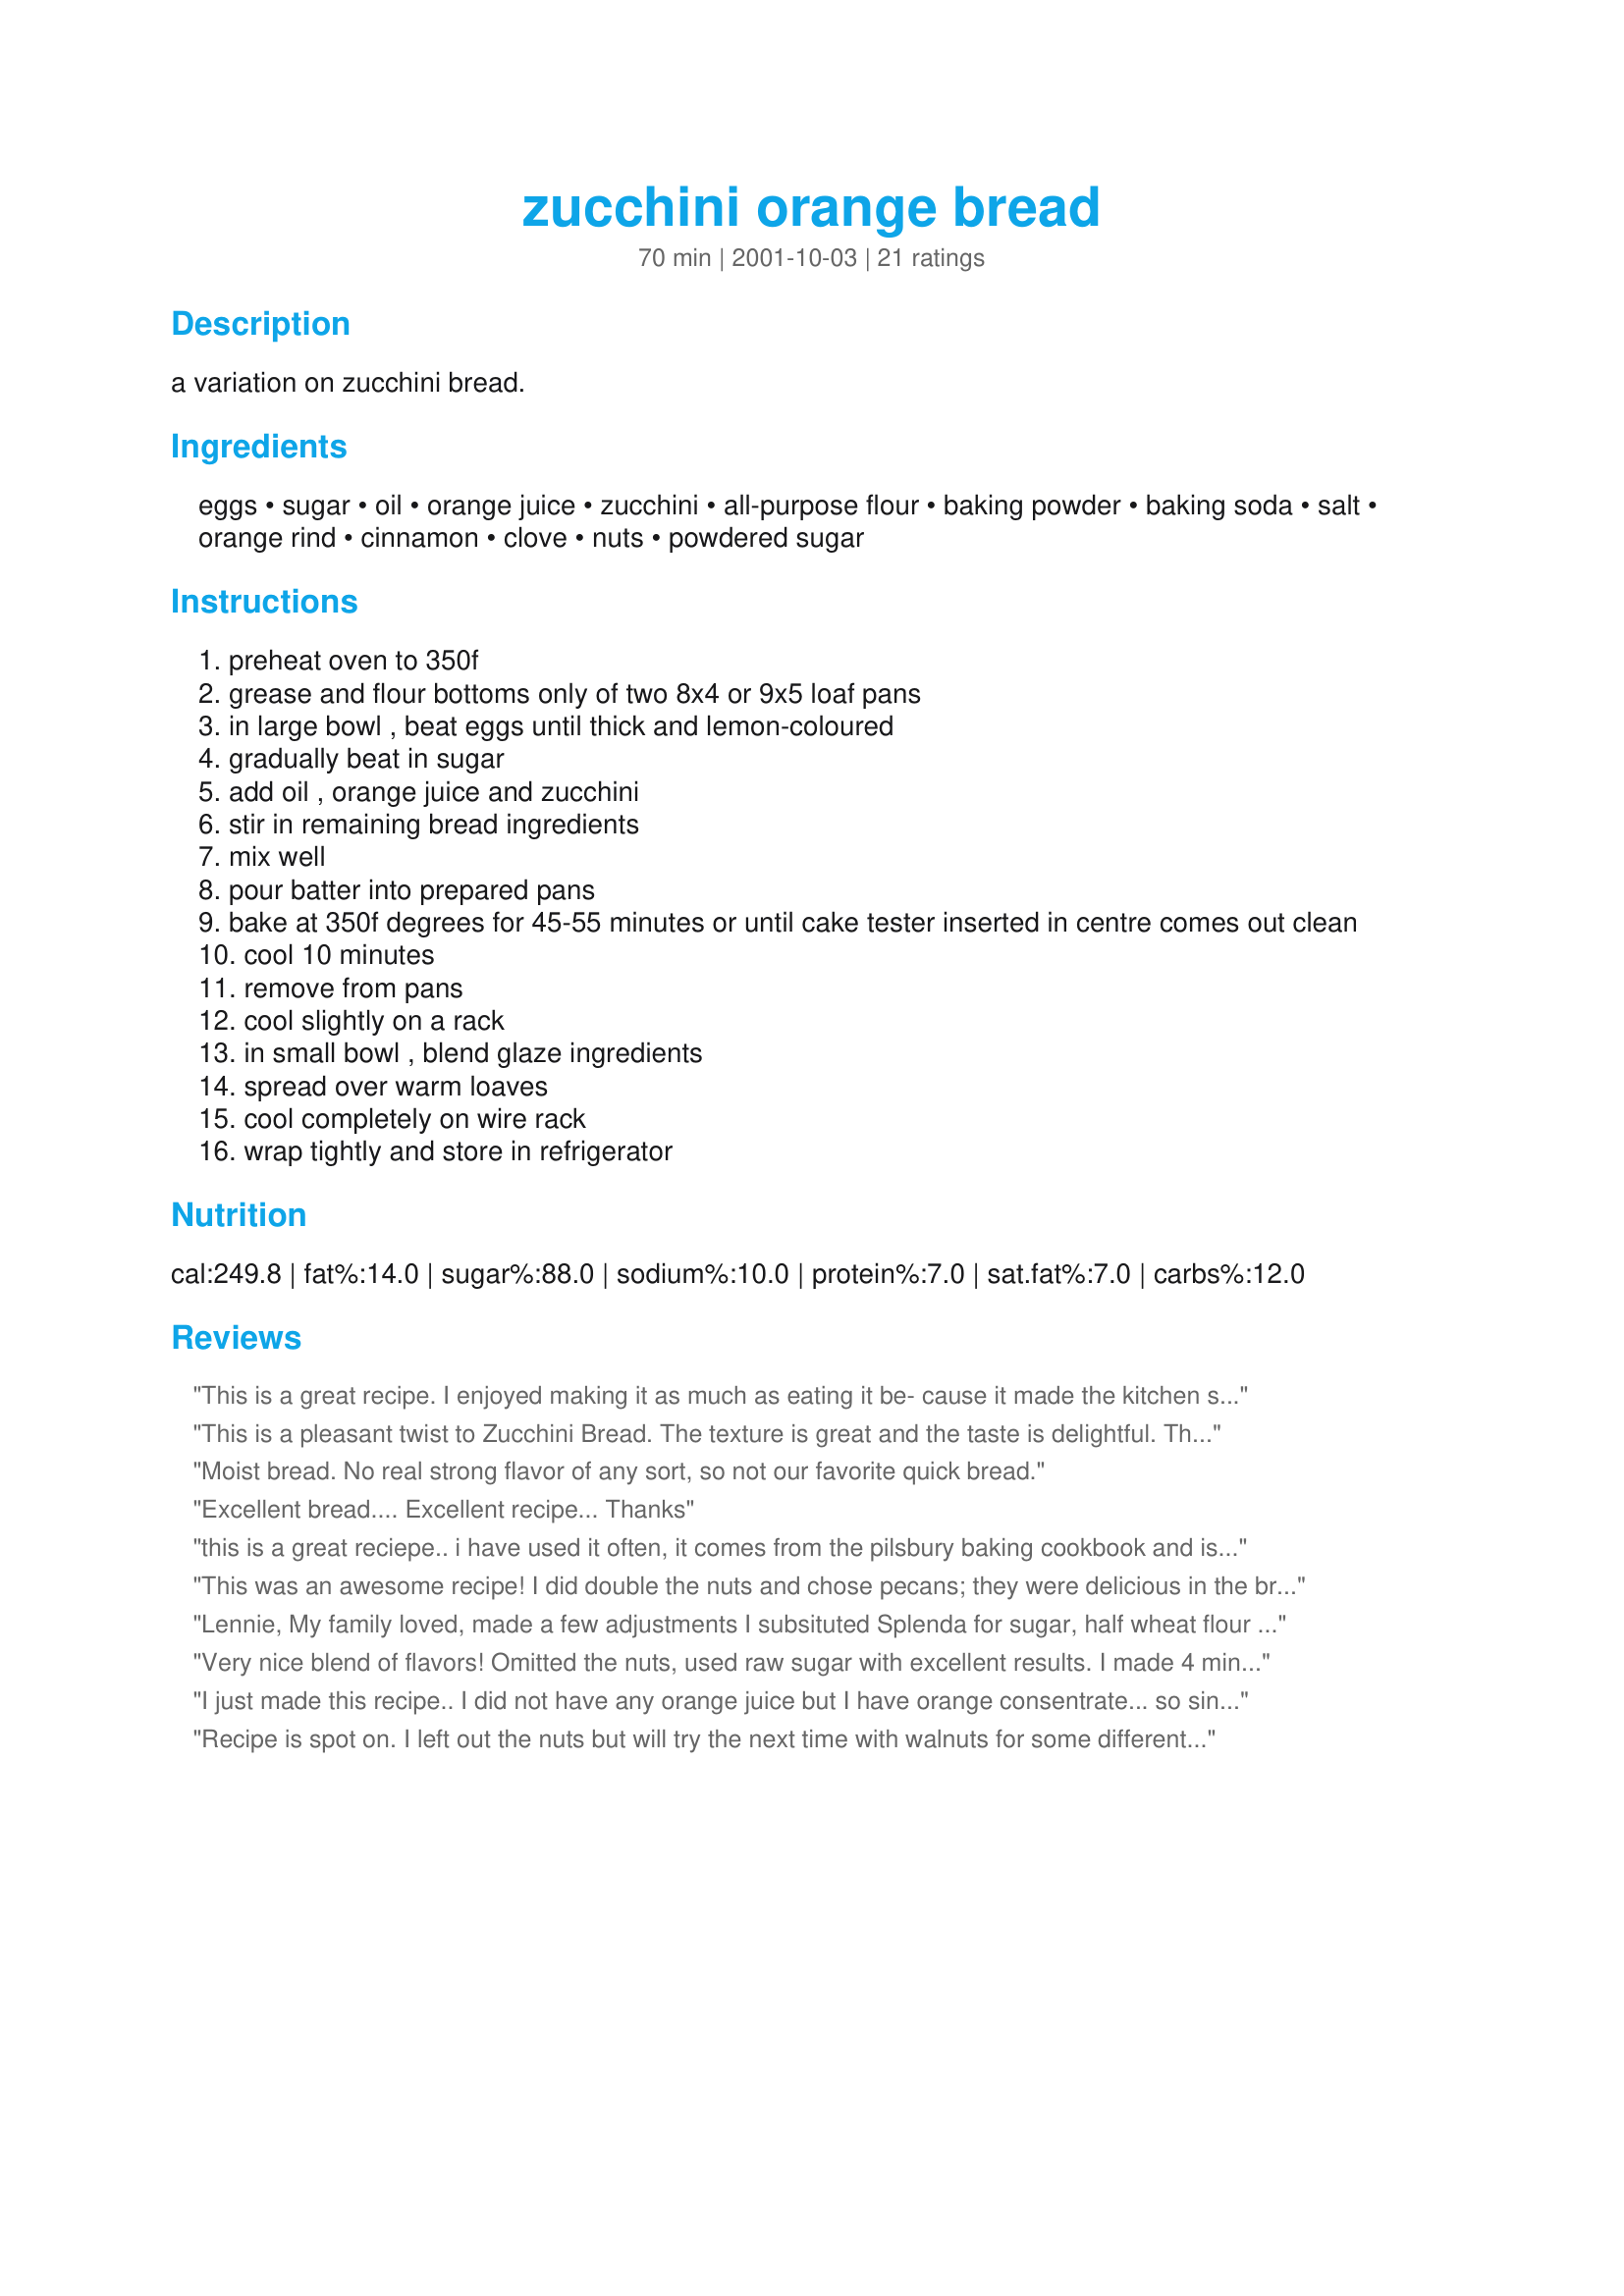
zucchini orange bread
Preparation time: 70 minutes

a variation on zucchini bread.

Ingredients:
eggs, sugar, oil, orange juice, zucchini, all-purpose flour, baking powder, baking soda, salt, orange rind, cinnamon, clove, nuts, powdered sugar

Steps:
preheat oven to 350f
grease and flour bottoms only of two 8x4 or 9x5 loaf pans
in large bowl , beat eggs until thick and lemon-coloured
gradually beat in sugar
add oil , orange juice and zucchini
stir in remaining bread ingredients
mix well
pour batter into prepared pans
bake at 350f degrees for 45-55 minutes or until cake tester inserted in centre comes out clean
cool 10 minutes
remove from pans
cool slightly on a rack
in small bowl , blend glaze ingredients
spread over warm loaves
cool completely on wire rack
wrap tightly and store in refrigerator

Reviews:
This is a great recipe. I enjoyed making it as much as eating it be-
cause it made the kitchen smell so good. I made 8 loaves for the freezer!!! I can't say anything bad about it at all. Mary
This is a pleasant twist to Zucchini Bread. The texture is great and the taste is delightful. The only thing I would do different is to add a little more orange rind to give it a fuller orange flavor. I didn't add the cloves as that is not a favorite spice for us.
Moist bread. No real strong flavor of any sort, so not our favorite quick bread.
Excellent bread.... Excellent recipe... Thanks
this is a great reciepe.. i have used it often, it comes from the pilsbury baking cookbook and is fabulous!
This was an awesome recipe! I did double the nuts and chose pecans; they were delicious in the bread. For the glaze I put a small amount on top and left the rest in a tub so people could dab as much as they liked on their piece (I don't like as much, but my daughter likes a LOT!) I'm suprised this bread stayed around long enough to cool completely. It's that good! It has a mild orange flavor and you don't really notice the zucchini as a vegetable- it just adds to the moistness. Excellent recipe! Thanks, Lennie!
Lennie,
My family loved, made a few adjustments I subsituted Splenda for sugar, half wheat flour and half all purpose flour, add one cup of nuts (pecans).
Very nice blend of flavors! Omitted the nuts, used raw sugar with excellent results. I made 4 mini loaves (baked for 30 minutes), intending to put 2 in the freezer but my SIL begged them off me! So I'll need to make more for my oamc. I'm planning to make this as one of our Thanksgiving breads-the flavors will be perfect for that! Liked it a lot, as did my 4 and 2 year olds. Thanks!
I just made this recipe.. I did not have any orange juice but I have orange consentrate... so since I had no orange I used 2/3 cup of the consentrate in place of the juice and zest.... is WONDERFUL...good texture good flavor.. I also used the mini pans. that way I can share easier. I baked them for 30 minutes.
Recipe is spot on. I left out the nuts but will try the next time with walnuts for some different texture. The bread is moist and keeps un-refrigerated with just plastic wrap for several days. The recipe makes two loaves - one to eat and one to give away. Perfect! Flavor is wonderful with the orange glaze. I used a small amount of orange zest in the glaze. Zucchini is so versatile and doesn&#039;t alter the flavor of the bread. Can taste the cinnamon and cloves (nice touch). I can&#039;t wait to add some other ingredients and experiment with this recipe. Thanks for sharing your delicious bread!
This is an excellent bread. Very moist and flavorful. I added pecans and 1/2 tsp orange extract to the orange juice for more orange flavor. I skipped the glaze - it wasn't needed and doesn't travel too well!
I love this bread! The orange gives it a nice twist from the usual zucchini bread. The texture was very nice, and the blend of spices just right. I checked for doneness at one hour, and it was ready. Thanks for a great recipe, Lennie!
I tripled this recipe. Now I have six fabulous loaves of bread! Thanks to you Lennie! I like that this recipe has more eggs for protein and less sugar. Oh - I subbed about 1/3 of the whole wheat flour for white flour. Added some nutmeg too. Totally awesome.
Like some others, I skipped the glaze (for travel purposes) and used OJ concentrate (2/3 c., as a replacement for the OJ) because that's all I had. It was delicious as a breakfast bread and the perfect thing to bring as a hostess gift--no one had to worry about cooking in the morning!
Very simple to make,and delicious to eat. I changed the cloves to nutmeg because I prefer them and it was still good.
I normally put crushed pineapple,orange is a very nice idea
The absolute best zucchini bread I've ever had! I didn't use the glaze and I used 2-3 oranges fresh sqeezed for the juice and then grated the rind from all into the bread. This bread is super moist and my all time favorite!

Cathy (hazelruthe)
I thought this recipe was a Pillsbury Bake-off winner. Was this ripped off without giving credit to the original baker who won? I found this hoping to find a printable version so I wouldn't need to smear stuff all over the book it's published in. I see this way too often to so many recipes, and as a professional bake, resent people using other peoples' recipes and not respecting who they got the recipe from. It's plagiarism!
I just had a slice, slightly cooled and man oh man this is delicious. I am going to make and drizzle the glaze on later for the sugar-addicts in my family. Suggestion: mix the dry ingredients, including the grated orange rind, in a separate bowl; then combine them quickly with the "wet" bowl to get a lighter bread.
Loved it! I substituted applesauce for the oil, decreased the OJ to 1/3 cup and used half white and half whole wheat flour. I also skipped the glaze to save on calories. Thank you for a great recipe! ??
Lennie, Another very good recipe! Thanks. I found it very tasty with the cloves and cinnamon but needed more orange rind to suit our tastes. Actally, more orange rind and some chocolate chips would really be good!
